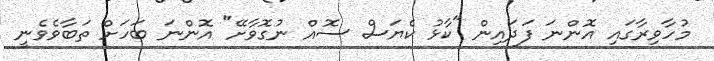
މުހާވިރާގައި އޮންނަ ފަދައިން "ކާޅު ކެޔަސް ސޮއް ނުގޮވާށޭ" އޮންނަ ބަހަށް ތަބާވެވެނީ